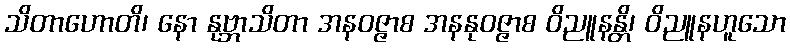
သိတာဟောတိ၊ နော နုဗ္ဘာသိတာ အနဝဇ္ဇာစ အနနုဝဇ္ဇာစ ဝိညူနန္တိ၊ ဝိညူနဟူသော